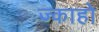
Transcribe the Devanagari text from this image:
ज्काहो